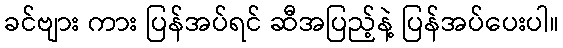
ခင်ဗျား ကား ပြန်အပ်ရင် ဆီအပြည့်နဲ့ ပြန်အပ်ပေးပါ။